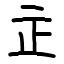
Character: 㱏